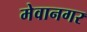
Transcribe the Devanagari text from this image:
मेवानगर